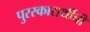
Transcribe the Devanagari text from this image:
पुरस्कारार्थीची